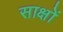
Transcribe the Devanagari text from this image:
साक्षों